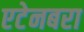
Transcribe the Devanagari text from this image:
एटेनबरा